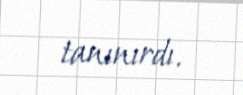
tanınırdı.